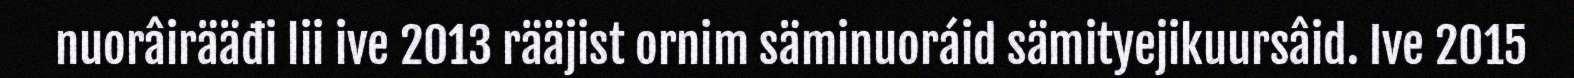
nuorâirääđi lii ive 2013 rääjist ornim säminuoráid sämityejikuursâid. Ive 2015